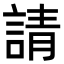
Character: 請